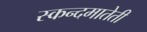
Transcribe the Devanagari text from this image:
स्कन्दमातेती